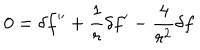
\displaystyle { 0 = \delta f ^ { \prime \prime } + \frac { 1 } { r } \delta f ^ { \prime } - \frac { 4 } { r ^ { 2 } } \delta f }